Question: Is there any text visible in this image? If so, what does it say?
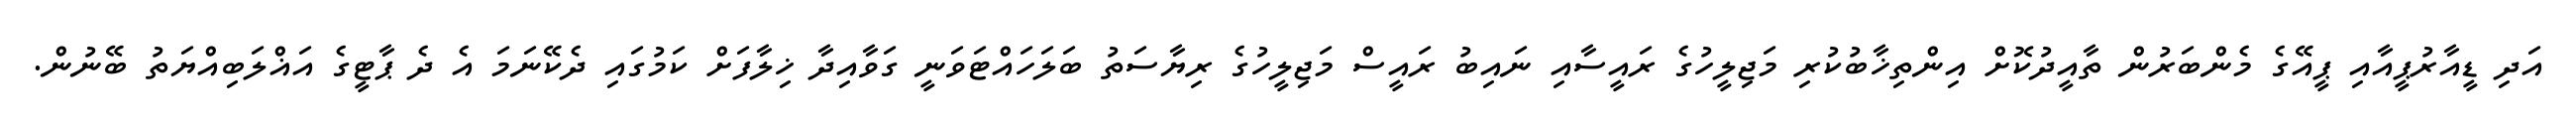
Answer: އަދި ޑީއާރުޕީއާއި ޕީއޭގެ މެންބަރުން ތާއީދުކޮށް އިންތިޚާބުކުރި މަޖިލީހުގެ ރައީސާއި ނައިބު ރައީސް މަޖިލީހުގެ ރިޔާސަތު ބަލަހައްޓަވަނީ ގަވާއިދާ ޚިލާފަށް ކަމުގައި ދެކޭނަމަ އެ ދެ ޕާޓީގެ އަޣްލަބިއްޔަތު ބޭނުން.